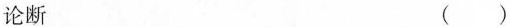
论断 ()